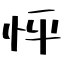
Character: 怦